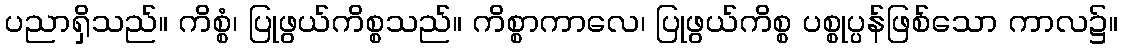
ပညာရှိသည်။ ကိစ္စံ၊ ပြုဖွယ်ကိစ္စသည်။ ကိစ္စာကာလေ၊ ပြုဖွယ်ကိစ္စ ပစ္စုပ္ပန်ဖြစ်သော ကာလ၌။